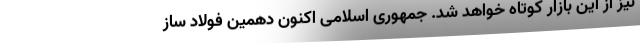
نیز از این بازار کوتاه خواهد شد. جمهوری اسلامی اکنون دهمین فولاد ساز